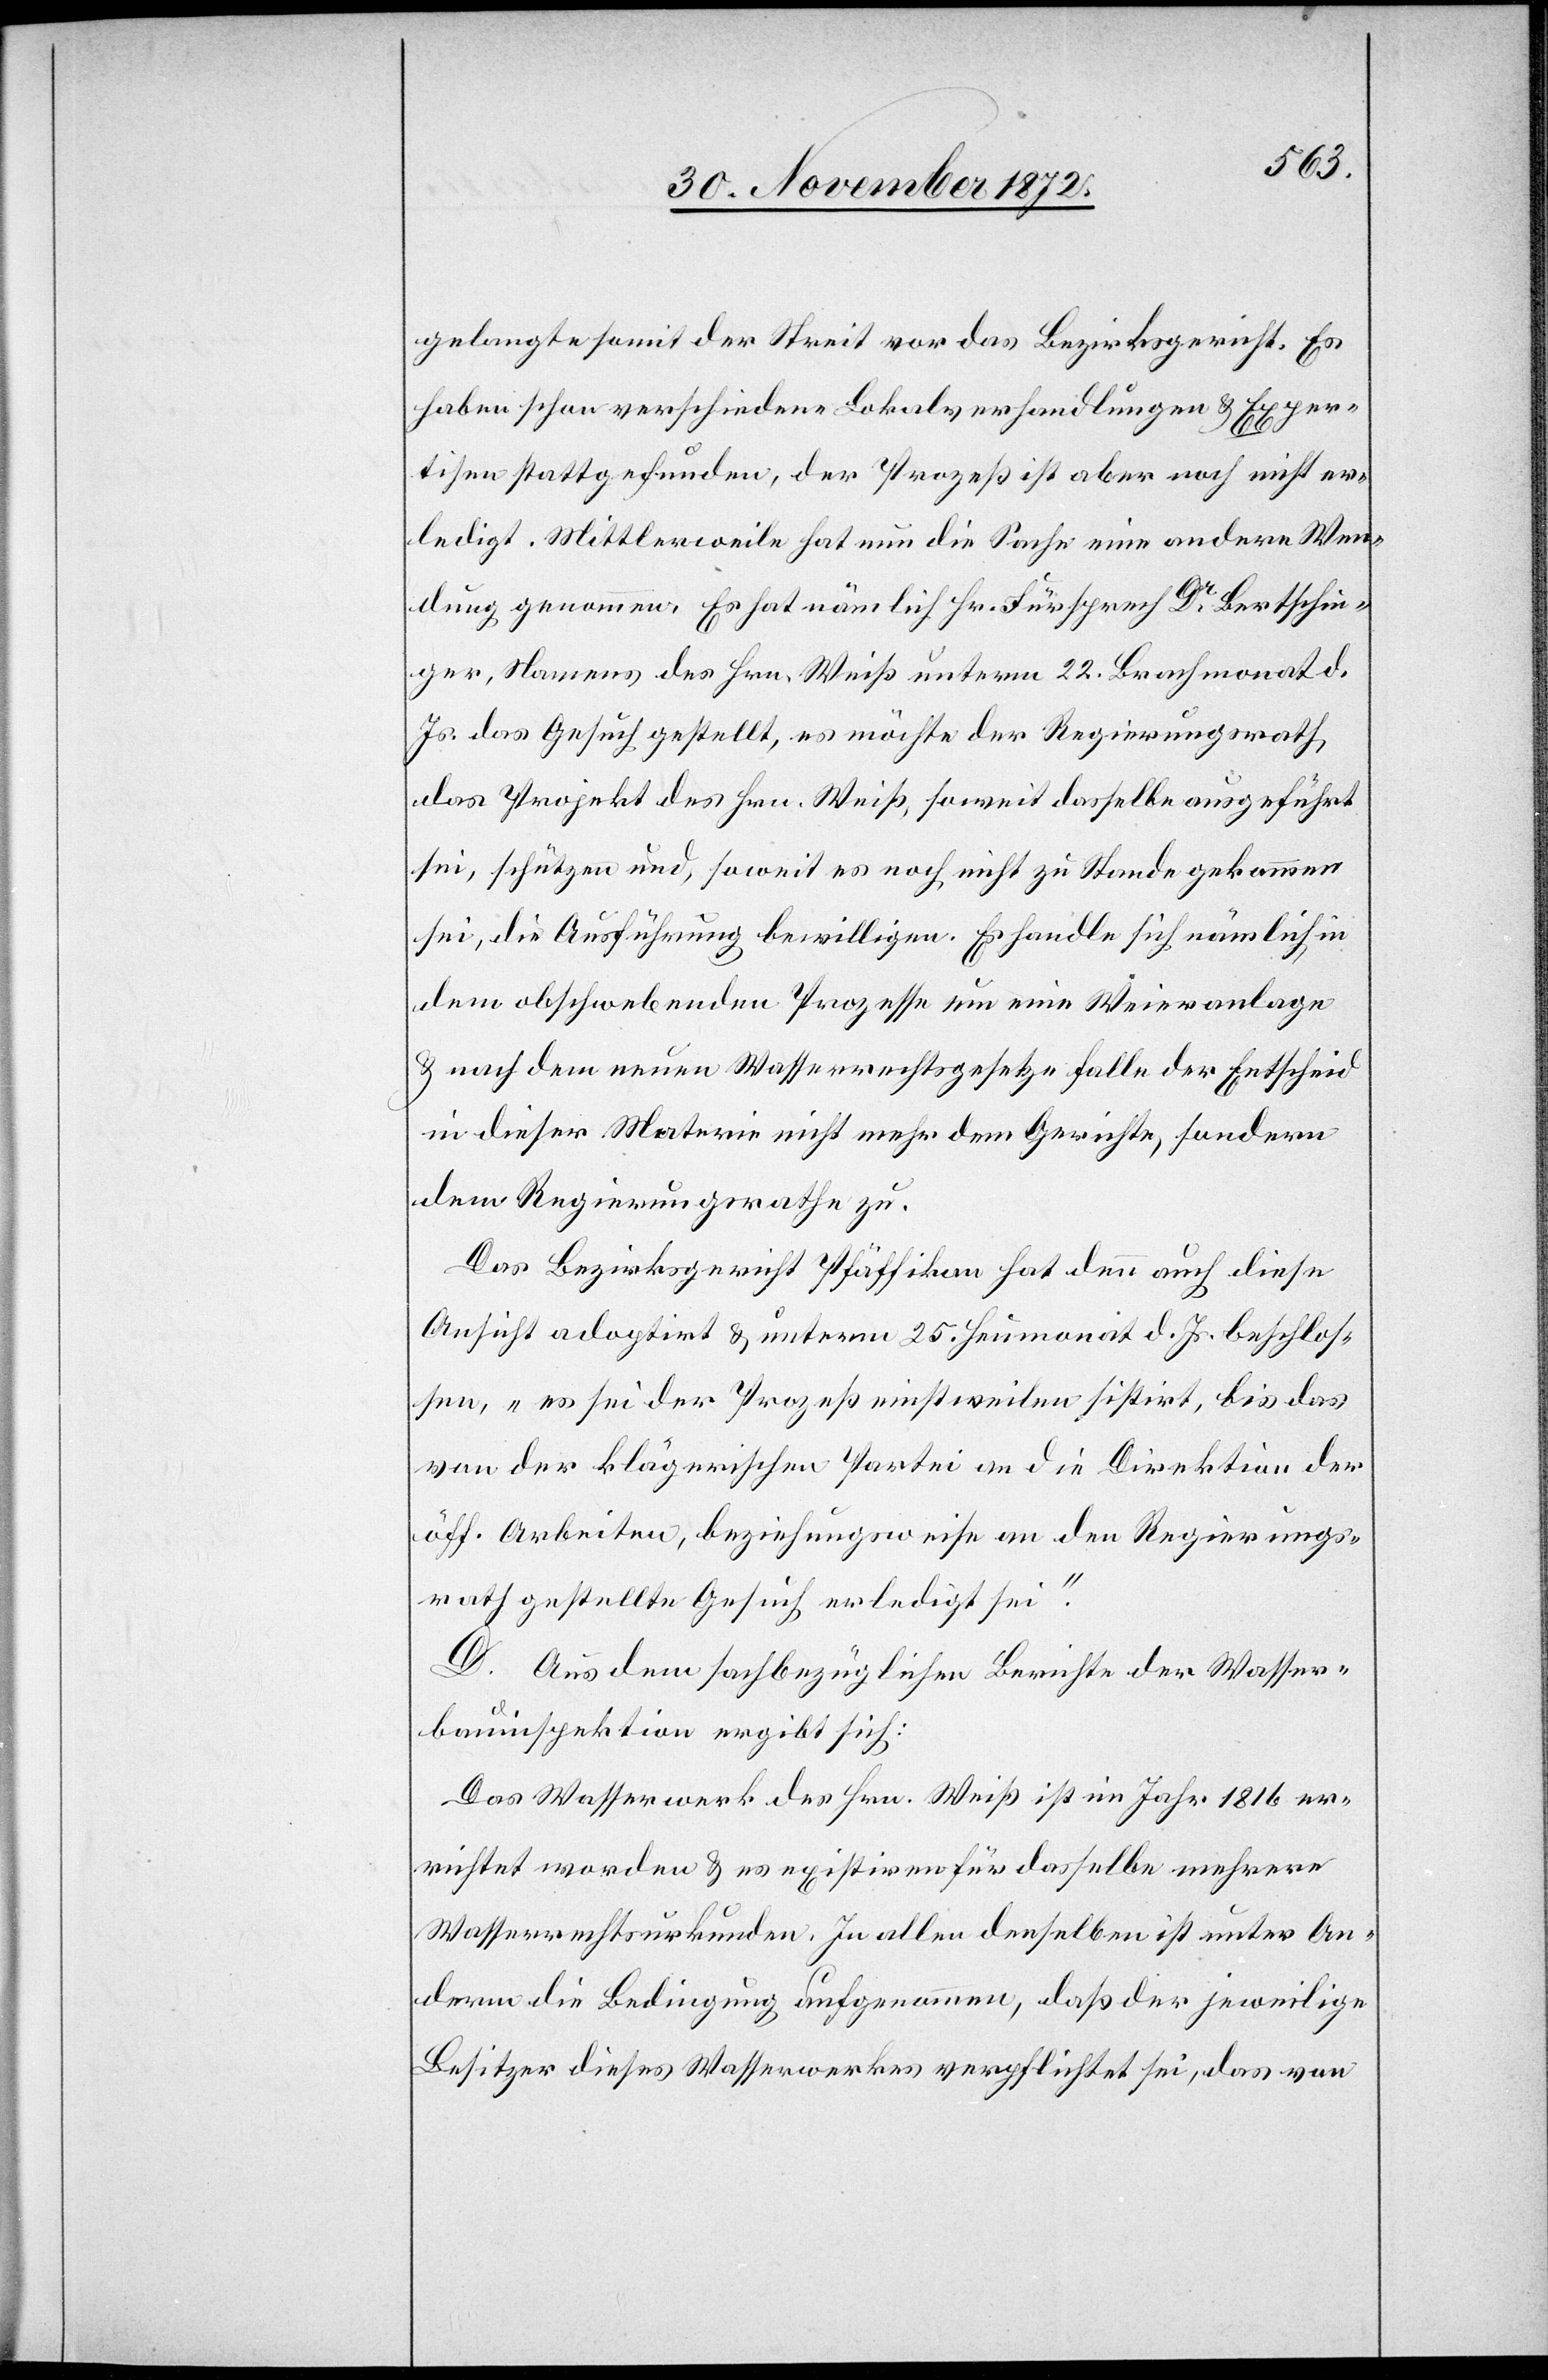
gelangte somit der Streit vor das Bezirksgericht. Es
haben schon verschiedene Lokalverhandlungen u. Exper¬
tisen stattgefunden, der Prozeß ist aber noch nicht er¬
ledigt. Mittlerweile hat nun die Sache eine andere Wen¬
dung genommen. Es hat nämlich Hr. Fürsprech Dr Bertschin¬
ger, Namens des Hrn. Weiß unterm 22. Brachmonat d.
Js. das Gesuch gestellt, es möchte der Regierungsrath
das Projekt des Hrn. Weiß, soweit dasselbe ausgeführt
sei, schützen und, soweit es noch nicht zu Stande gekommen
sei, die Ausführung bewilligen. Es handle sich nämlich in
dem obschwebenden Prozesse um eine Weieranlage
u. nach dem neuen Wasserrechtsgesetze falle der Entscheid
in dieser Materie nicht mehr dem Gerichte, sondern
dem Regierungsrathe zu.
Das Bezirksgericht Pfäffikon hat denn auch diese
Ansicht adoptirt u. unterm 25. Heumonat d. Js. beschlos¬
sen, „es sei der Prozeß einstweilen sistirt, bis das
von der klägerischen Partei an die Direktion der
öff. Arbeiten, beziehungswese an den Regierungs¬
rath gestellte Gesuch erledigt sei.“
D. Aus dem sachbezüglichen Berichte der Wasser¬
bauinspektion ergibt sich:
Das Wasserwerk des Hrn. Weiß ist im Jahr 1816 er¬
richtet worden u. es existiren für dasselbe mehrere
Wasserrechtsurkunden. In allen denselben ist unter An¬
dern die Bedingung aufgenommen, daß der jeweilige
Besitzer dieses Wasserwerkes verpflichtet sei, das von